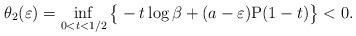
LaTeX: \begin{align*}\theta_2(\varepsilon) = \inf_{0 <t< 1/2} \big\{-t\log\beta + (a - \varepsilon)\mathrm{P}(1-t )\big\}< 0.\end{align*}